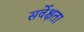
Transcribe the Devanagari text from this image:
सर्वेक्षता